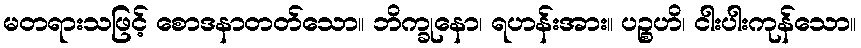
မတရားသဖြင့် စောဒနာတတ်သော။ ဘိက္ခုနော၊ ရဟန်းအား။ ပဉ္စဟိ၊ ငါးပါးကုန်သော။